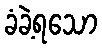
ခံခဲ့ရသော